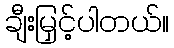
ချီးမြှင့်ပါတယ်။